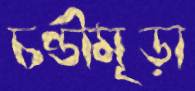
চণ্ডীমূড়া